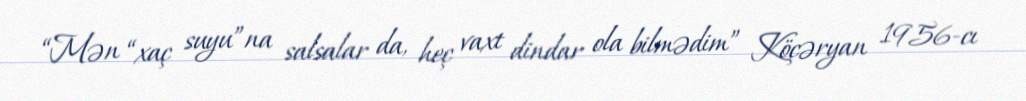
“Mən “xaç suyu”na salsalar da, heç vaxt dindar ola bilmədim” Köçəryan 1956-cı